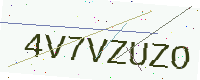
Text: 4V7VZUZO